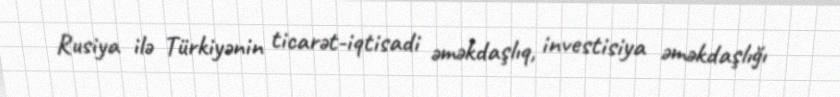
Rusiya ilə Türkiyənin ticarət-iqtisadi əməkdaşlıq, investisiya əməkdaşlığı